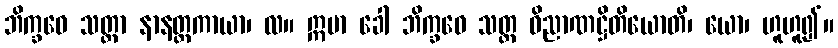
ဘိက္ခဝေ သတ္တာ နာနတ္တကာယာ၊ လ။ ဣမာ ခေါ ဘိက္ခဝေ သတ္တ ဝိညာဏဋ္ဌိတိယောတိ၊ ယော၊ ဟူဟူ၍။